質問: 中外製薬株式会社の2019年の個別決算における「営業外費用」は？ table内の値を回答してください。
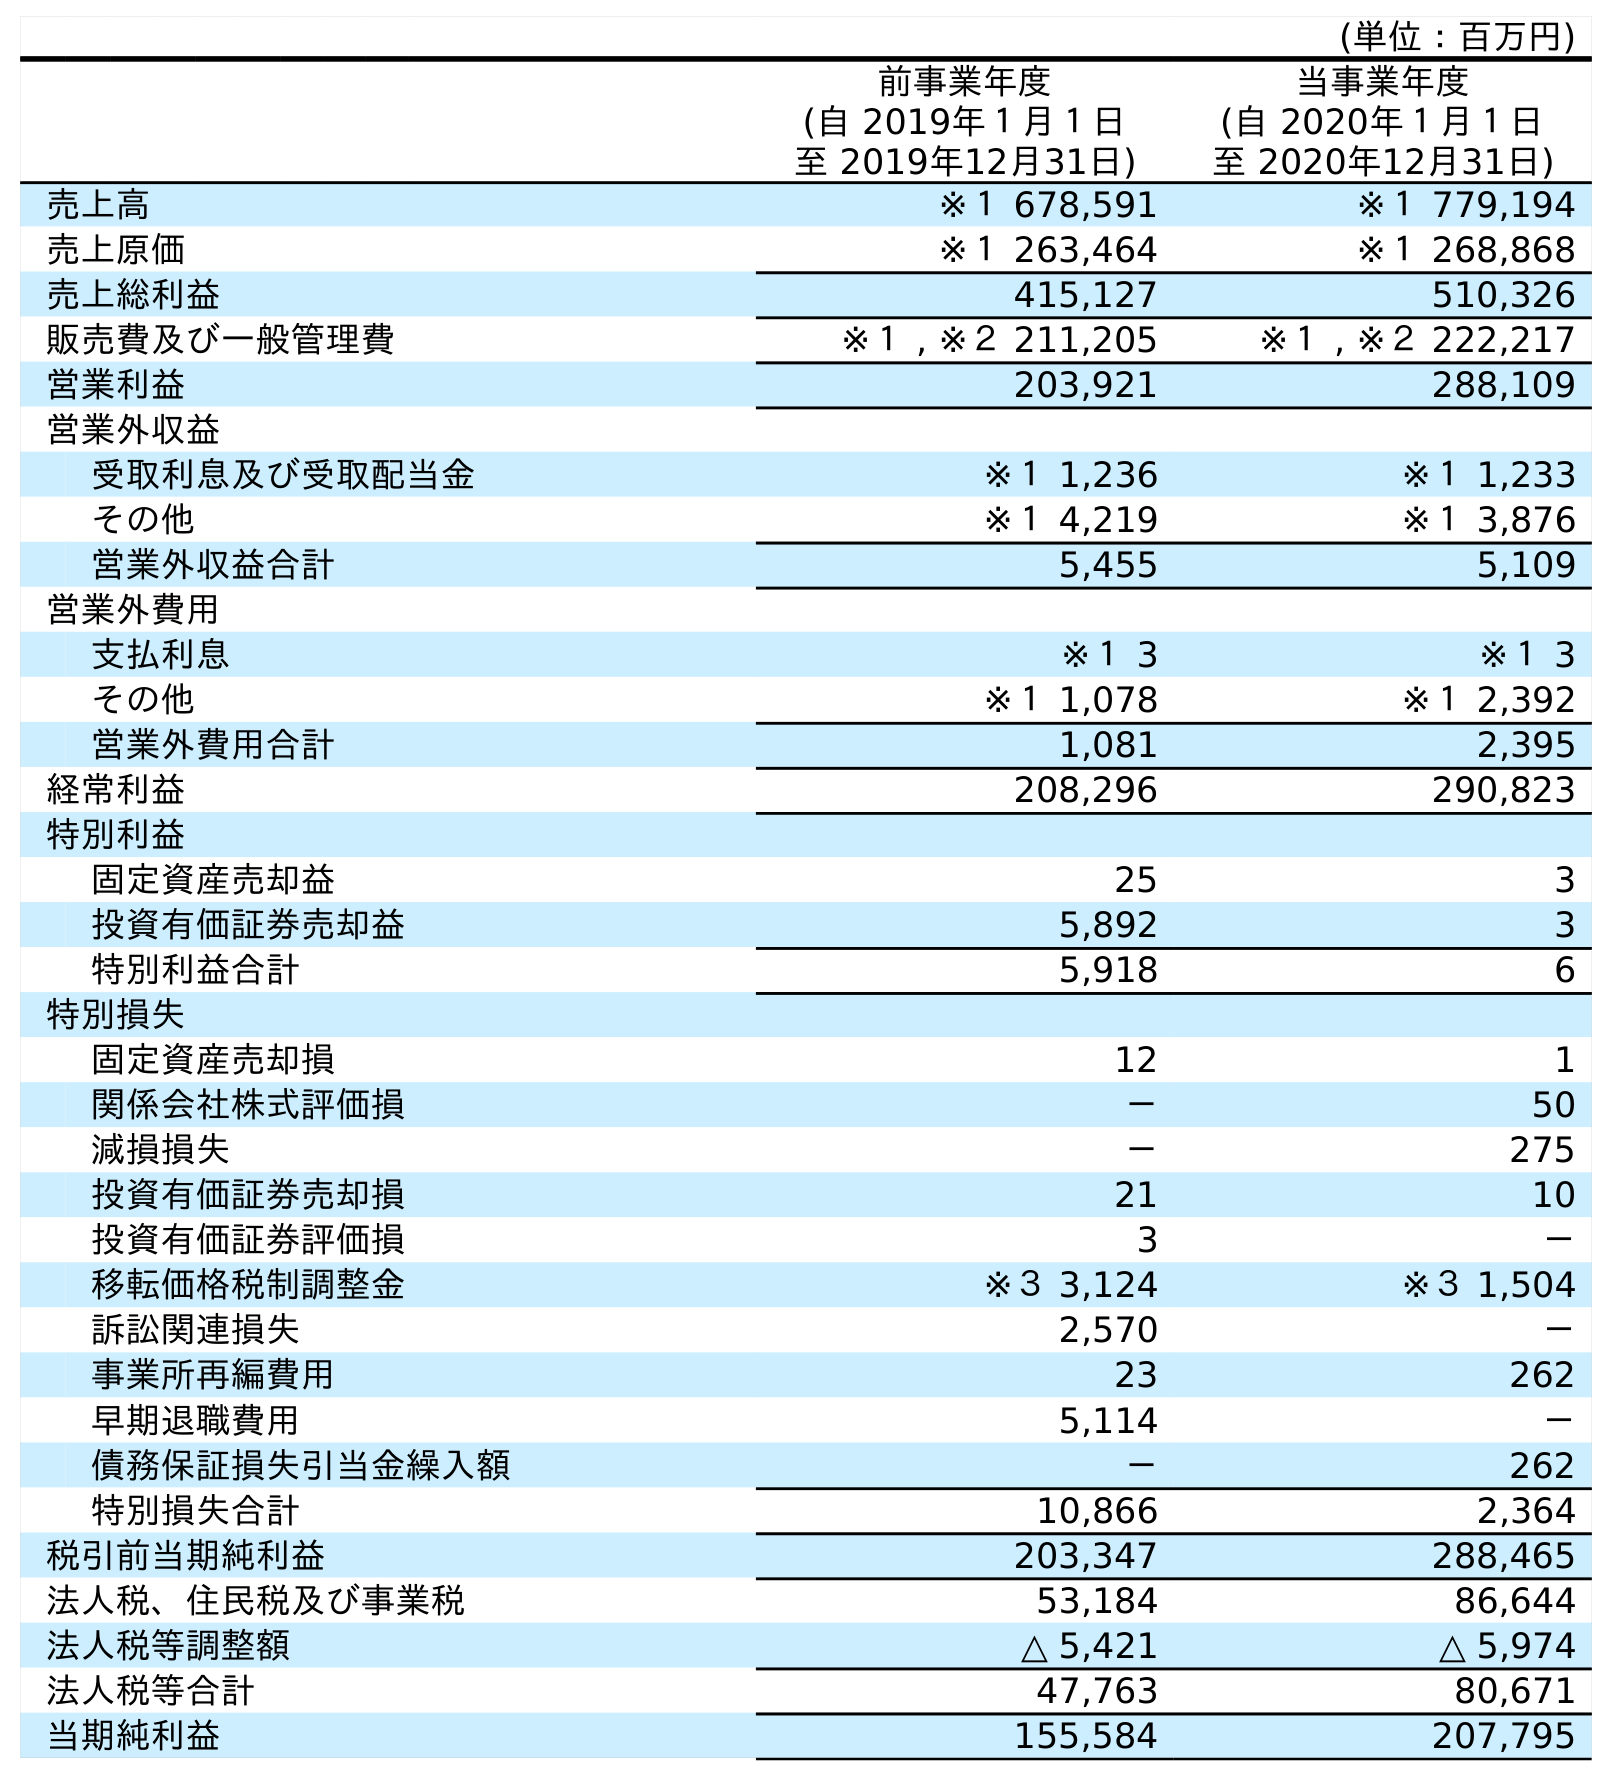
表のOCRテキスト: (単位：百万円) 前事業年度 (自 2019年１月１日 至 2019年12月31日) 当事業年度 (自 2020年１月１日 至 2020年12月31日) 売上高 ※１ 678,591 ※１ 779,194 売上原価 ※１ 263,464 ※１ 268,868 売上総利益 415,127 510,326 販売費及び一般管理費 ※１ , ※２ 211,205 ※１ , ※２ 222,217 営業利益 203,921 288,109 営業外収益 受取利息及び受取配当金 ※１ 1,236 ※１ 1,233 その他 ※１ 4,219 ※１ 3,876 営業外収益合計 5,455 5,109 営業外費用 支払利息 ※１ 3 ※１ 3 その他 ※１ 1,078 ※１ 2,392 営業外費用合計 1,081 2,395 経常利益 208,296 290,823 特別利益 固定資産売却益 25 3 投資有価証券売却益 5,892 3 特別利益合計 5,918 6 特別損失 固定資産売却損 12 1 関係会社株式評価損 － 50 減損損失 － 275 投資有価証券売却損 21 10 投資有価証券評価損 3 － 移転価格税制調整金 ※３ 3,124 ※３ 1,504 訴訟関連損失 2,570 － 事業所再編費用 23 262 早期退職費用 5,114 － 債務保証損失引当金繰入額 － 262 特別損失合計 10,866 2,364 税引前当期純利益 203,347 288,465 法人税、住民税及び事業税 53,184 86,644 法人税等調整額 △ 5,421 △ 5,974 法人税等合計 47,763 80,671 当期純利益 155,584 207,795
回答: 1,081